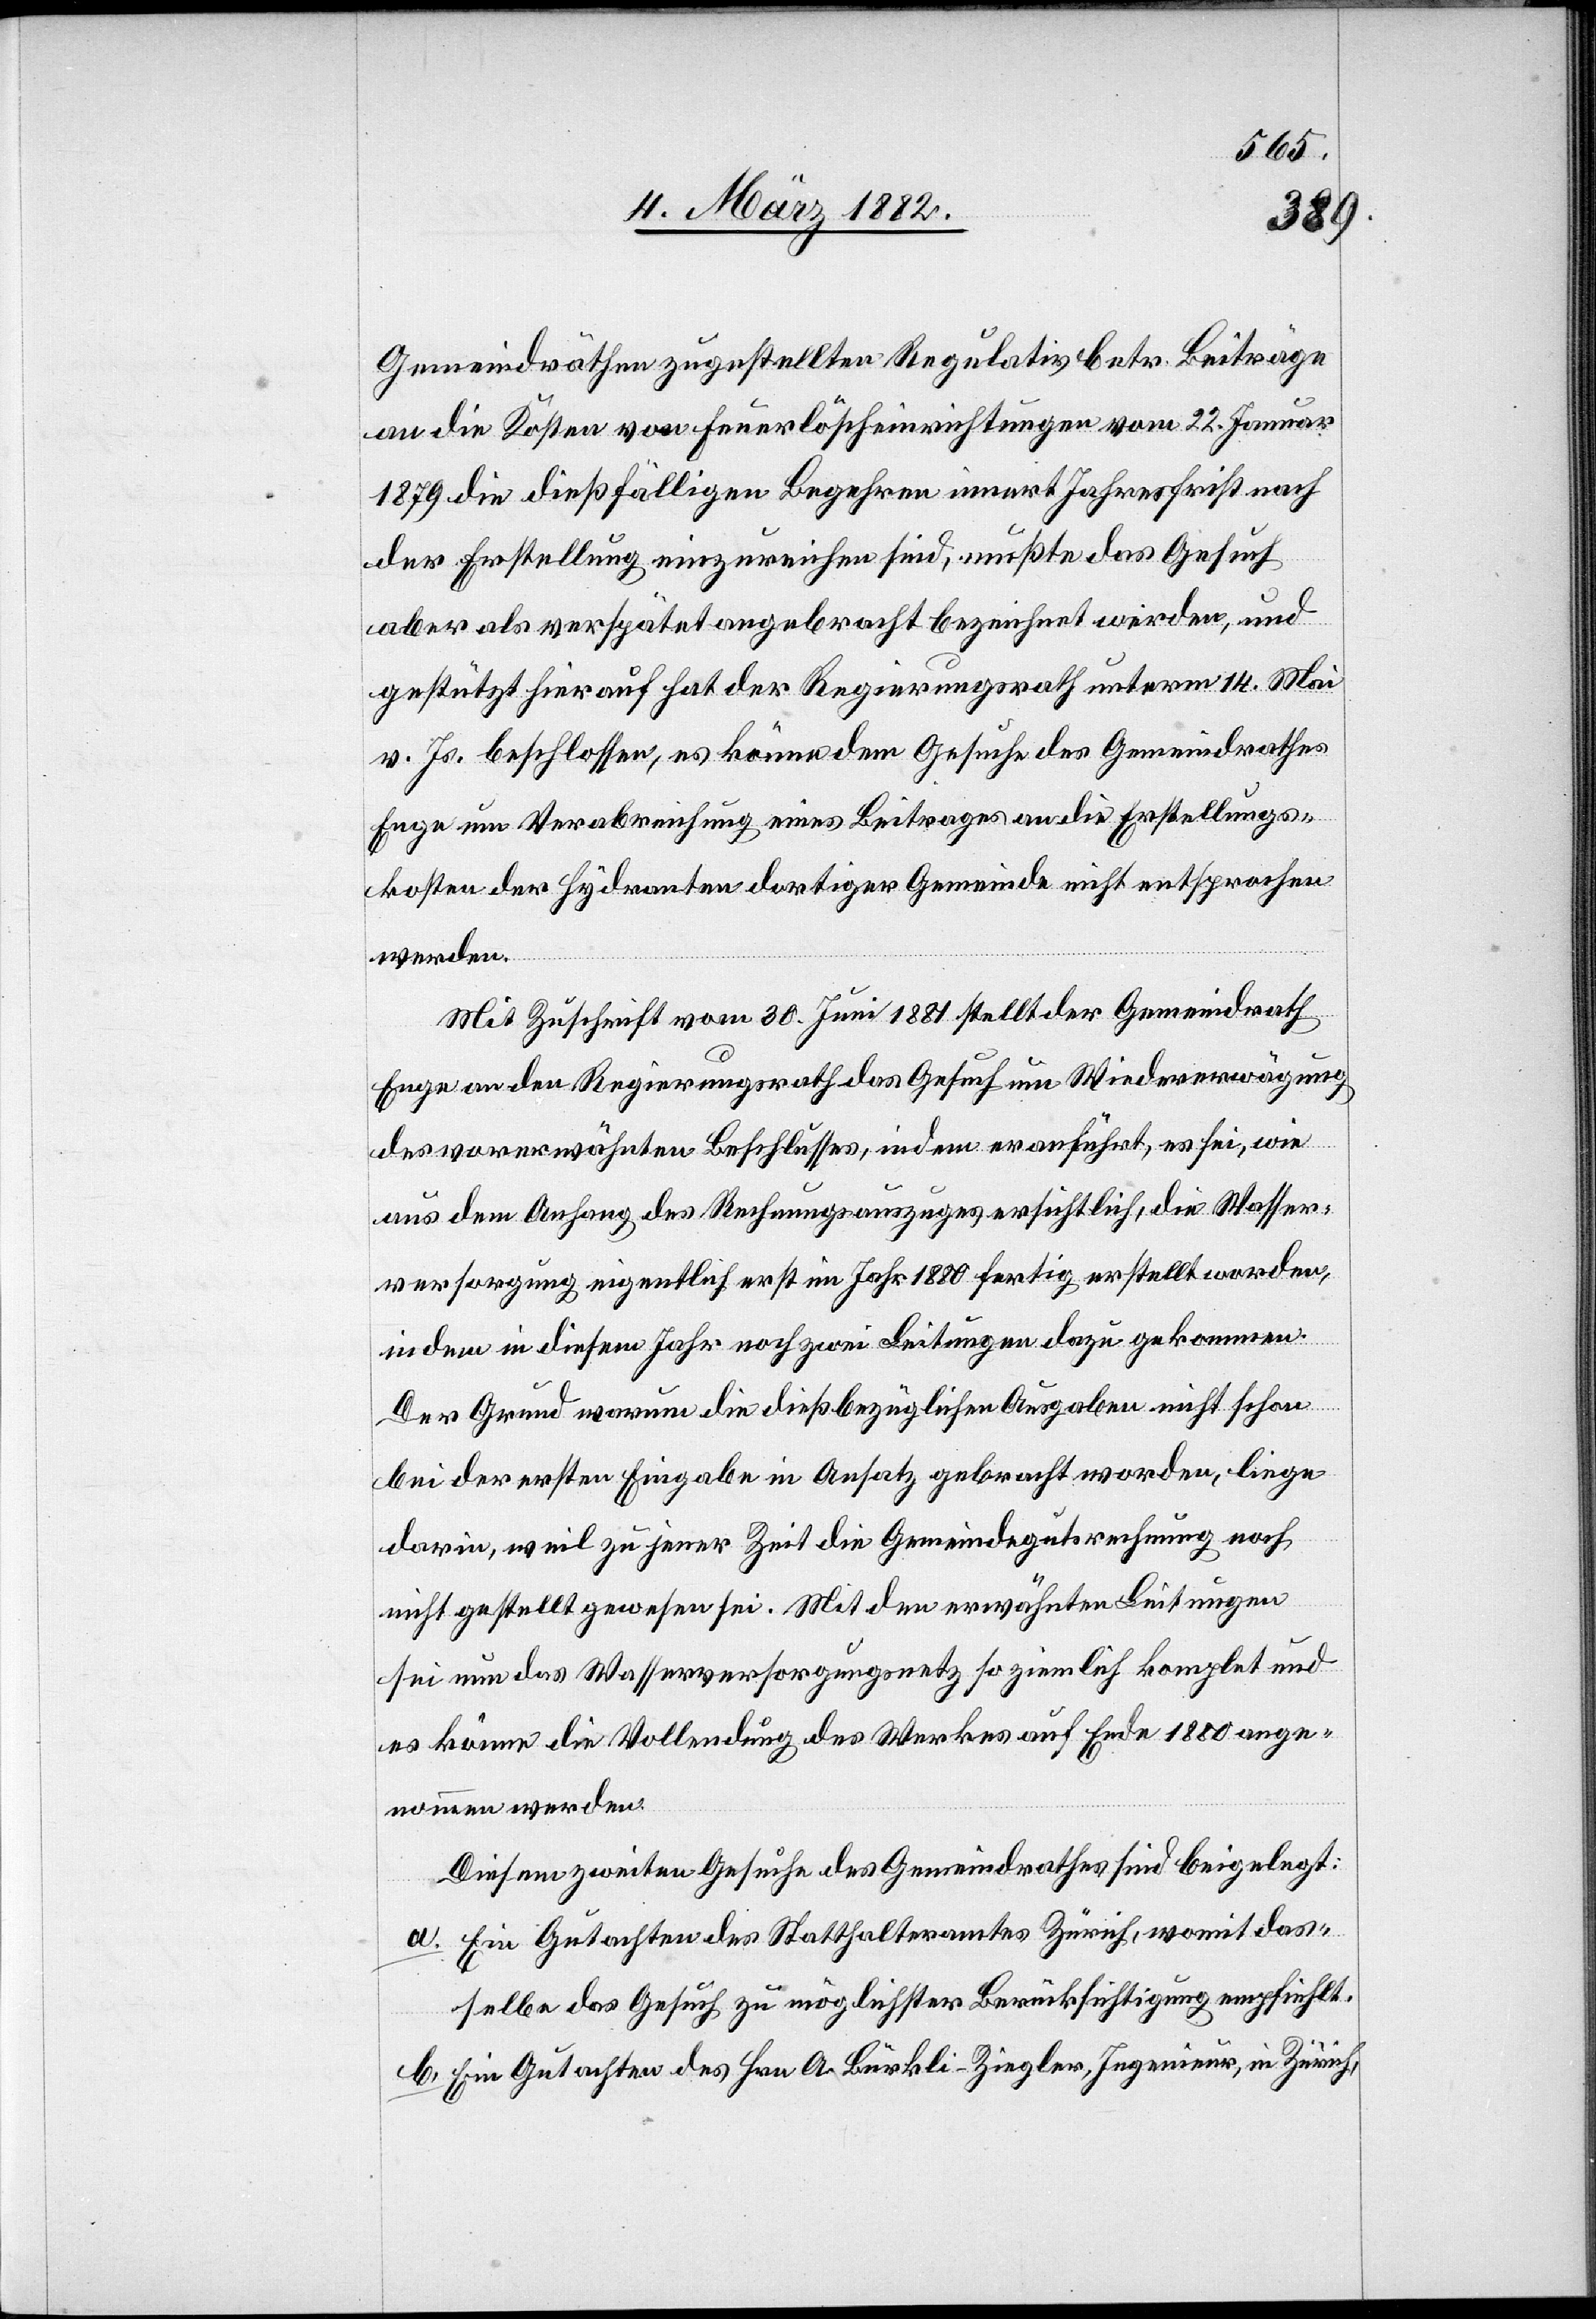
Gemeindräthen zugstellten Regulativs betr. Beiträge
an die Kosten von Feuerlöscheinrichtungen vom 2. Januar
1879 die dießfälligen Begehren innert Jahresfrist nach
der Erstellung einzureichen sind, mußte das Gesuch
aber als verspätet angebracht bezeichnet werden, und
gestützt hierauf hat der Regierungsrath unterm 24. Mai
v. Js. beschlossen, es könne dem Gesuche des Gemeindrathes
Enge um Verabreichung eines Beitrages an die Erstellungs¬
kosten der Hydranten dortiger Gemeinde nicht entsprochen
werden.
Mit Zuschrift vom 30. Juni 1881 stellt der Gemeindrath
Enge an den Regierungsrath das Gesuch um Wiedererwägung
des vorerwähnten Beschlusses, indem er anführt, es sei, wie
aus dem Anhang des Rechnungsauszuges ersichtlich, die Wasser¬
versorgung eigentlich erst im Jahr 1880 fertig erstellt worden,
in
dem in diesem Jahr noch zwei Leitungen dazu gekommen.
Der Grund warum die dießbezügliche Ausgaben nicht schon
bei der ersten Eingabe in Ansatz gebracht worden, liege
darin, weil zu jener Zeit die Gemeindegutsrechnung noch
nicht gestellt gewesen sei. Mit den erwähnten Leitungen
sei nun das Wasserversorgungsnetz so ziemlich komplet und
es könne die Vollendung des Werkes auf Ende 1880 ange¬
nommen werden.
Diesem zweiten Gesuche des Gemeindrathes sind beigelegt:
a. Ein Gutachten des Statthalteramtes Zürich, womit das¬
selbe das Gesuch zu möglichster Berücksichtigung empfiehlt.
b. Ein Gutachten des Hrn. A. Bürkli-Ziegler, Ingenieur, in Zürich,